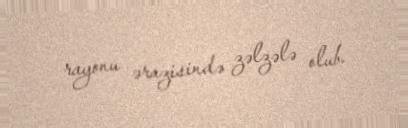
rayonu ərazisində zəlzələ olub.